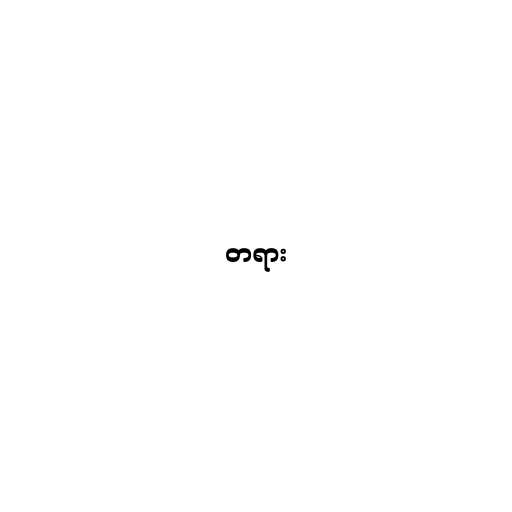
တရား